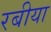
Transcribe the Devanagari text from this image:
रबीया